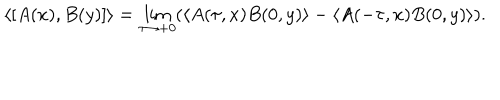
LaTeX: \left\langle \lbrack A ( x ) , B ( y ) ] \right\rangle = \lim _ { \tau \rightarrow + 0 } ( \left\langle A ( \tau , x ) B ( 0 , y ) \right\rangle - \left\langle A ( - \tau , x ) B ( 0 , y ) \right\rangle ) .